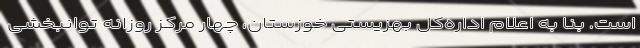
است. بنا به اعلام اداره‌کل بهزیستی خوزستان، چهار مرکز روزانه توانبخشی